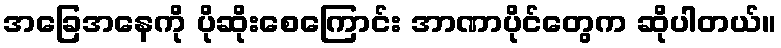
အခြေအနေကို ပိုဆိုးစေကြောင်း အာဏာပိုင်တွေက ဆိုပါတယ်။